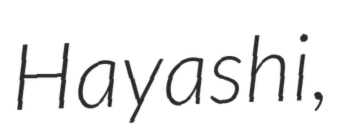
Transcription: Hayashi,